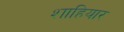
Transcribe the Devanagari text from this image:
शाहियार